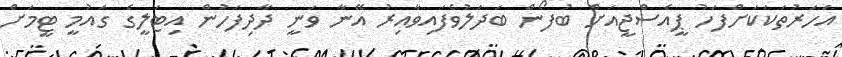
އަހަރުތަކަކަށްފަހު ޕީއެސްޖީއަށް ބުފޯން ބަދަލުވެފައިވާއިރު އޭނާ ވަނީ ދާދިފަހުން އިޓަލީގެ ގައުމީ ޓީމަށް